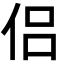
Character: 侣